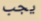
يجب